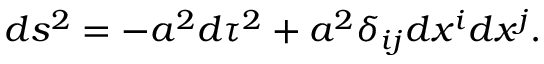
d s ^ { 2 } = - a ^ { 2 } d \tau ^ { 2 } + a ^ { 2 } \delta _ { i j } d x ^ { i } d x ^ { j } .